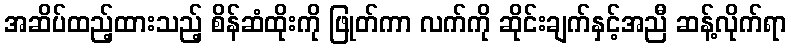
အဆိပ်ထည့်ထားသည့် စိန်ဆံထိုးကို ဖြုတ်ကာ လက်ကို ဆိုင်းချက်နှင့်အညီ ဆန့်လိုက်ရာ